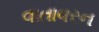
વાતાવરન